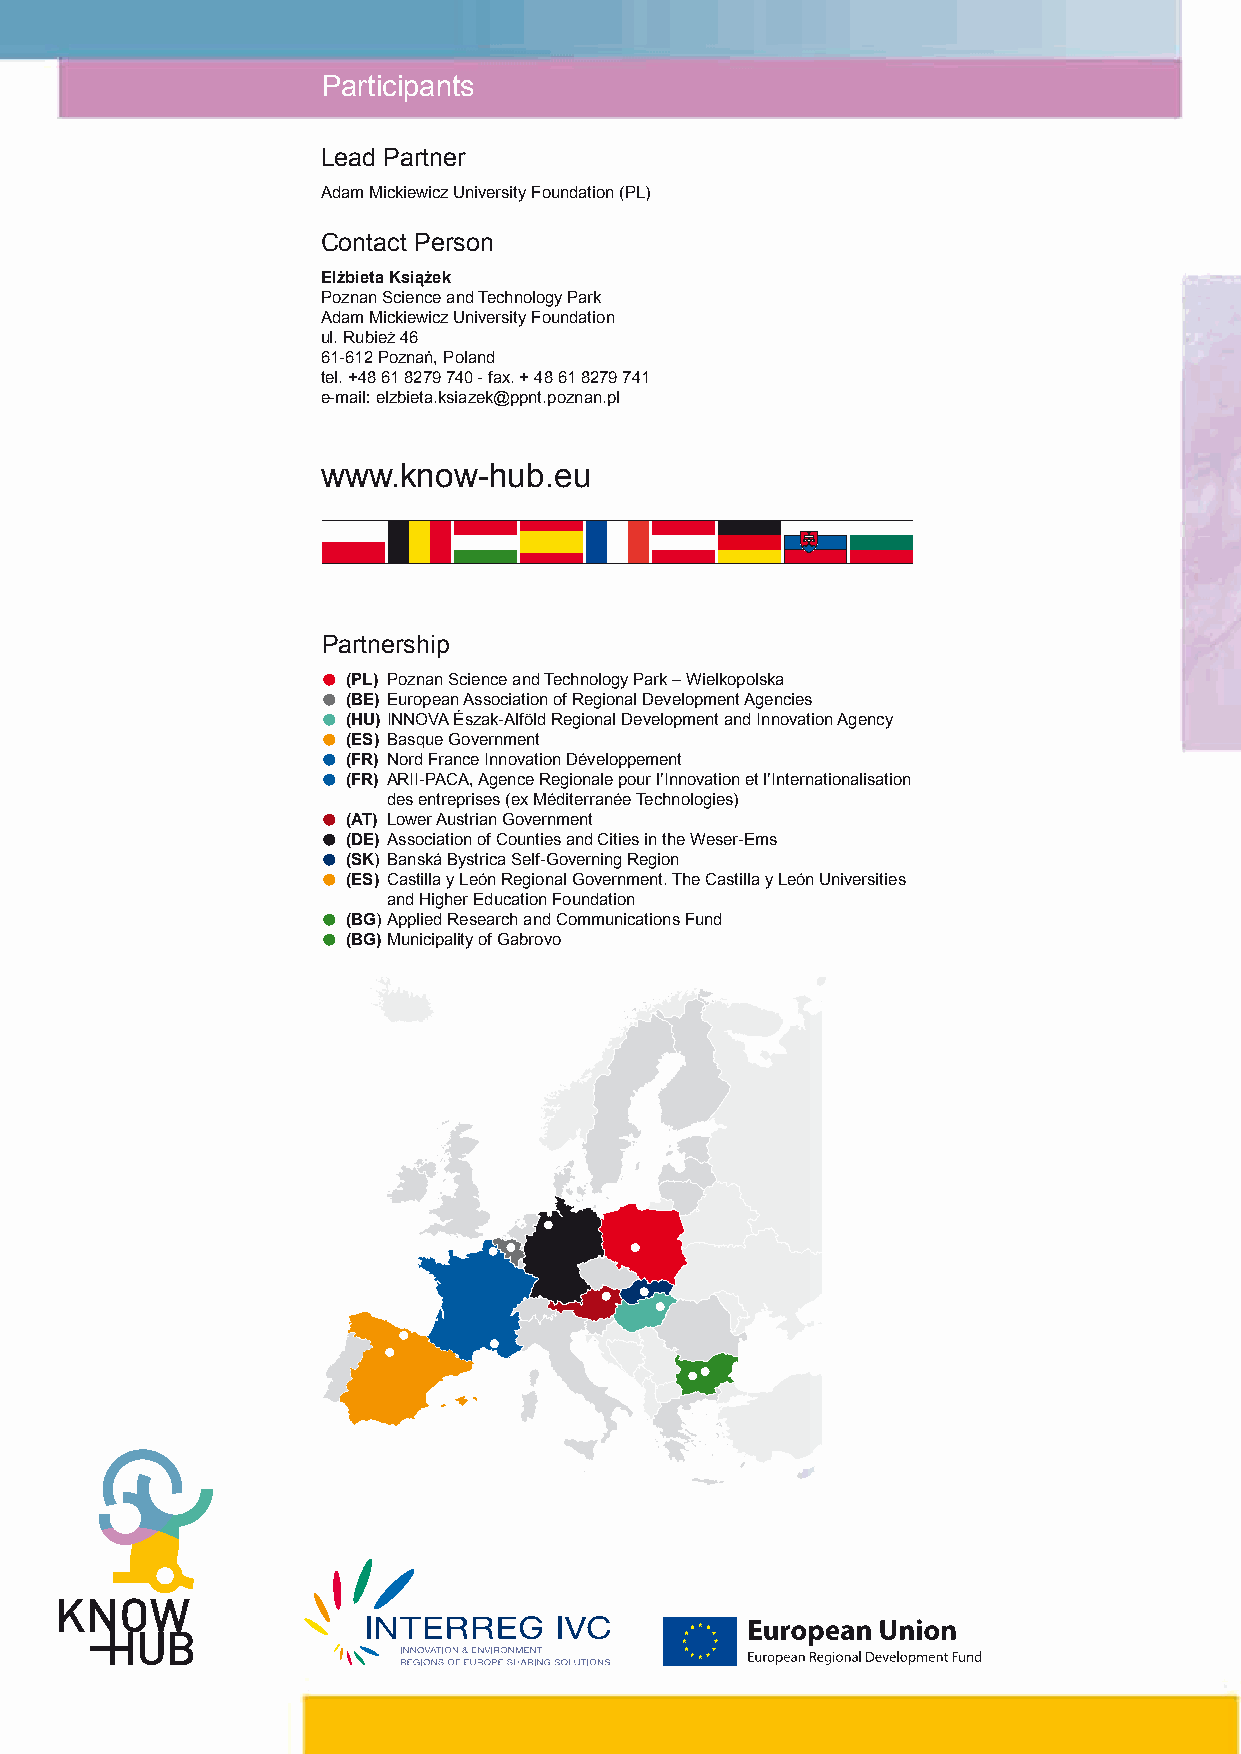
Participants
 Lead Partner
 Adam Mickiewicz University Foundation (PL)
 Contact Person
 Elżbieta Książek
 Poznan Science and Technology Park
 Adam Mickiewicz University Foundation
 ul. Rubież 46
 61-612 Poznań, Poland
 tel. +48 61 8279 740 - fax. + 48 61 8279 741
 e-mail: elzbieta.ksiazek@ppnt.poznan.pl
 2
 www.know-hub.eu
 Partnership
 •
 (PL) Poznan Science and Technology Park – Wielkopolska
 •
 (BE) European Association of Regional Development Agencies
 •
 (HU) INNOVA Észak-Alföld Regional Development and Innovation Agency
 •
 (ES) Basque Government
 •
 (FR) Nord France Innovation Développement
 •
 (FR) ARII-PACA, Agence Regionale pour l’Innovation et l’Internationalisation
 des entreprises (ex Méditerranée Technologies)
 •
 (AT) Lower Austrian Government
 •
 (DE) Association of Counties and Cities in the Weser-Ems
 •
 (SK) Banská Bystrica Self-Governing Region
 •
 (ES) Castilla y León Regional Government. The Castilla y León Universities
 and Higher Education Foundation
 •
 (BG) Applied Research and Communications Fund
 •
 (BG) Municipality of Gabrovo
 INTERREG   IVC Project:
 Enhancing          regional
 competences             in
 strategic       management
 of   innovation        policies
 KNOW-HUB     Handbook   on:
 Effective policy mix and
 instruments  for Smart
 Specialisation